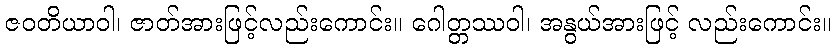
ဇဝတိယာဝါ၊ ဇာတ်အားဖြင့်လည်းကောင်း။ ဂေါတ္တဿဝါ၊ အနွယ်အားဖြင့် လည်းကောင်း။